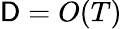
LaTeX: \mathsf{D}=O(T)